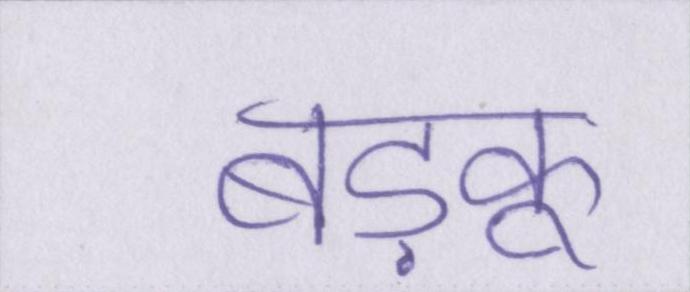
बड़कू